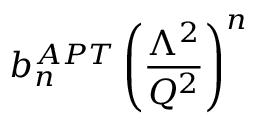
b _ { n } ^ { A P T } \left( { \frac { \Lambda ^ { 2 } } { Q ^ { 2 } } } \right) ^ { n }